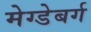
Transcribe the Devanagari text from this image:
मेग्डेबर्ग